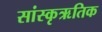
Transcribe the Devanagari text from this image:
सांस्कृऋतिक